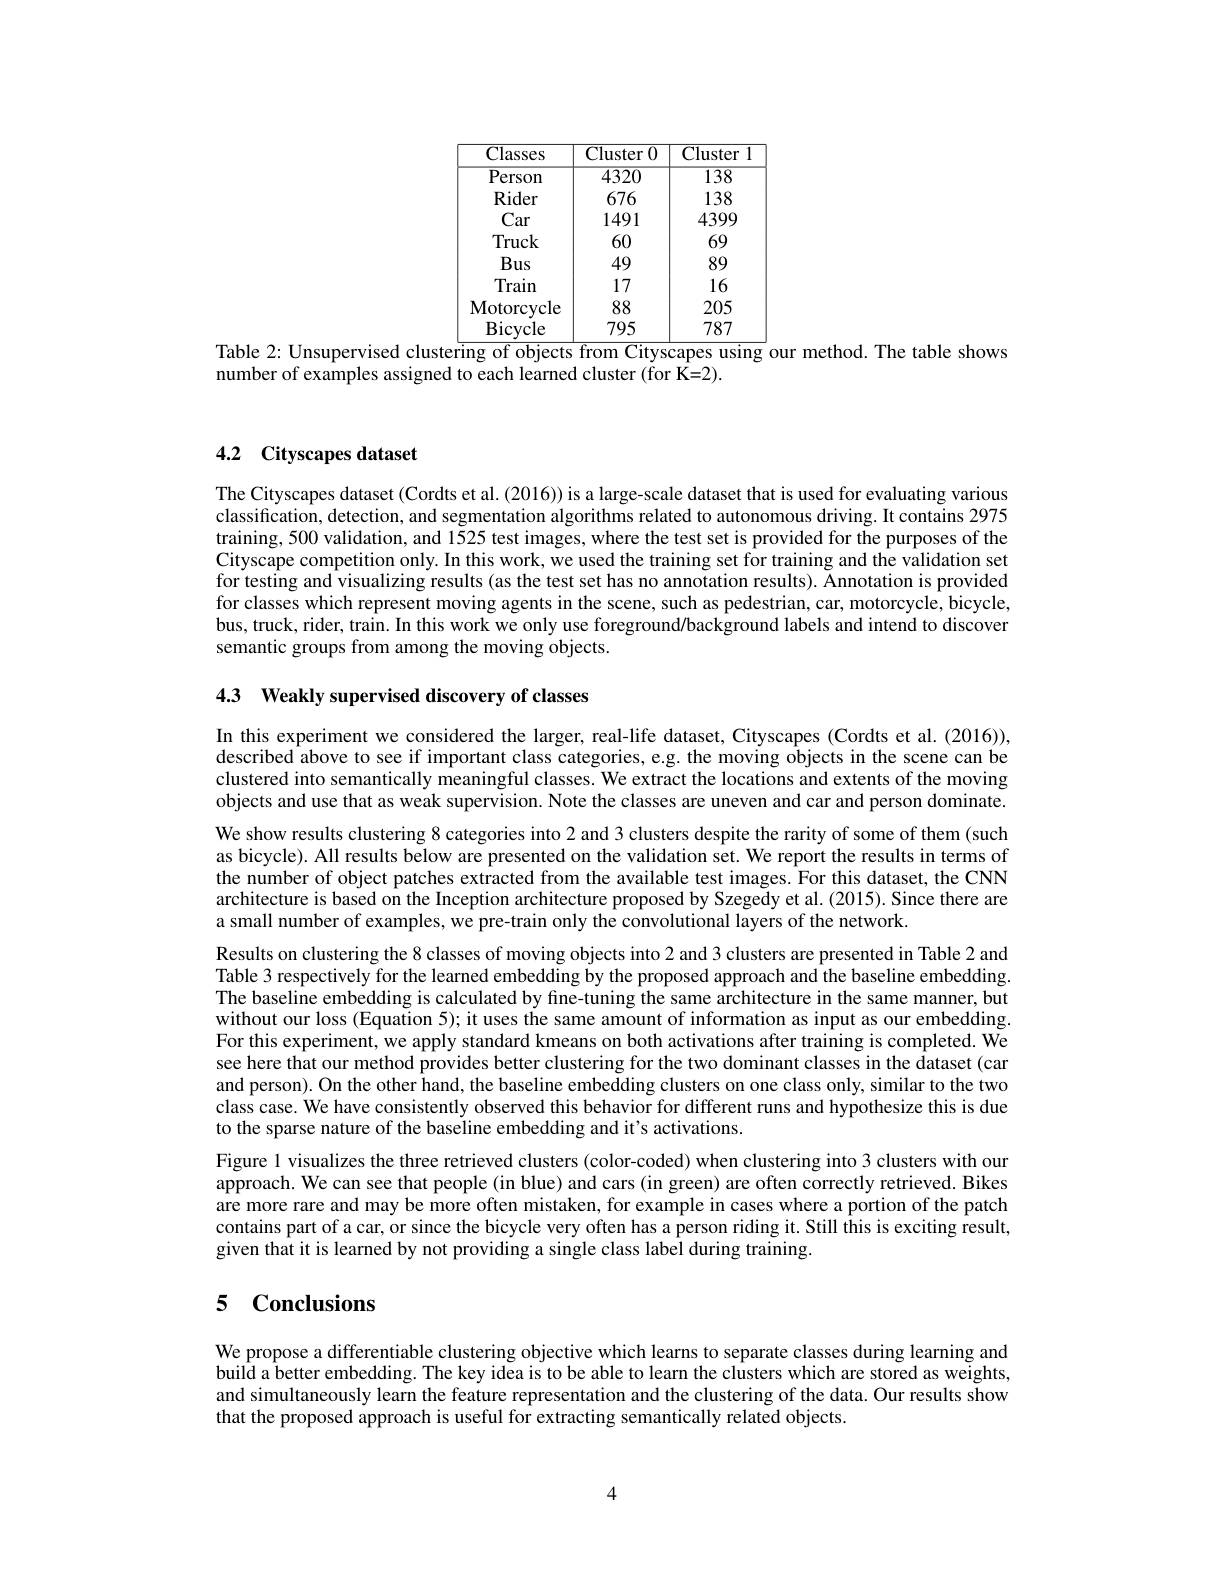
<table>
	<tbody>
		<tr>
			<th>Classes</th>
			<th>Cluster 0</th>
			<th>$\overline{{\mathrm{Cluster}}}$</th>
		</tr>
		<tr>
			<td>Person</td>
			<td>$\overline{4320}$</td>
			<td>138</td>
		</tr>
		<tr>
			<td>Rider</td>
			<td>676</td>
			<td>138</td>
		</tr>
		<tr>
			<td>Car</td>
			<td>1491</td>
			<td>4399</td>
		</tr>
		<tr>
			<td>Truck</td>
			<td>60</td>
			<td>69</td>
		</tr>
		<tr>
			<td>Bus</td>
			<td>49</td>
			<td>89</td>
		</tr>
		<tr>
			<td>Train</td>
			<td>17</td>
			<td>16</td>
		</tr>
		<tr>
			<td>Motorcvcle</td>
			<td>88</td>
			<td>205</td>
		</tr>
		<tr>
			<td>Bicycle</td>
			<td>795</td>
			<td>787</td>
		</tr>
	</tbody>
</table>
Table 2: Unsupervised clustering of objects from Cityscapes using our method. The table shows

number of examples assigned to each learned cluster (for K=2).

## 4.2 Cityscapes dataset

The Cityscapes dataset (Cordts et al. (2016)) is a large-scale dataset that is used for evaluating various classification, detection, and segmentation algorithms related to autonomous driving. It contains 2975 training, 500 validation, and 1525 test images, where the test set is provided for the purposes of the Cityscape competition only. In this work, we used the training set for training and the validation set for testing and visualizing results (as the test set has no annotation results). Knnotation is provided for classes which represent moving agents in the scene, such as pedestrian, car, motorcycle, bicycle, bus, truck, rider, train. In this work we only use foreground/background labels and intend to discover semantic groups from among the moving objects.

4.3 Weakly supervised discovery of classes

In this experiment we considered the larger, real-life dataset, Cityscapes (Cordts et al.(2016)), described above to see if important class categories, e.g. the moving objects in the scene can be clustered into semantically meaningful classes. We extract the locations and extents of the moving objects and use that as weak supervision. Note the classes are uneven and car and person dominate. We show results clustering 8 categories into 2 and 3 clusters despite the rarity of some of them (such as bicycle). All results below are presented on the validation set. We report the results in terms of the number of object patches extracted from the available test images. For this dataset, the CNN architecture is based on the Inception architecture proposed by Szegedy et al.(2015). Since there are a small number of examples, we pre-train only the convolutional layers of the network
Results on clustering the 8 classes of moving objects into 2 and 3 clusters are presented in Table 2 and Table 3 respectively for the learned embedding by the proposed approach and the baseline embedding The baseline embedding is calculated by fine-tuning the same architecture in the same manner, but without our loss (Equation 5); it uses the same amount of information as input as our embedding For this experiment, we apply standard kmeans on both activations after training is completed. We see here that our method provides better clustering for the two dominant classes in the dataset (car and person). On the other hand, the baseline embedding clusters on one class only, similar to the two class case. We have consistently observed this behavior for different runs and hypothesize this is due to the sparse nature of the baseline embedding and it's activations.
Figure 1 visualizes the three retrieved clusters (color-coded) when clustering into 3 clusters with our approach. We can see that people (in blue) and cars (in green) are often correctly retrieved. Bikes are more rare and may be more often mistaken, for example in cases where a portion of the patch contains part of a car, or since the bicycle very often has a person riding it. Still this is exciting result, given that it is learned by not providing a single class label during training.

## 5 Conclusions

We propose a differentiable clustering objective which learns to separate classes during learning and build a better embedding. The key idea is to be able to learn the clusters which are stored as weights, and simultaneously learn the feature representation and the clustering of the data. Our results show that the proposed approach is useful for extracting semantically related objects.

4